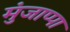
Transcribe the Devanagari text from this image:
मुंजाप्पा